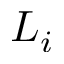
L _ { i }